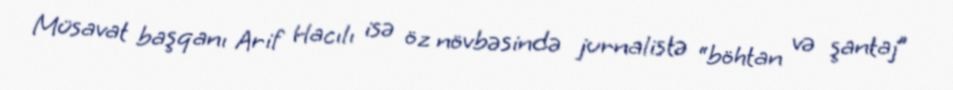
Müsavat başqanı Arif Hacılı isə öz növbəsində jurnalistə “böhtan və şantaj”